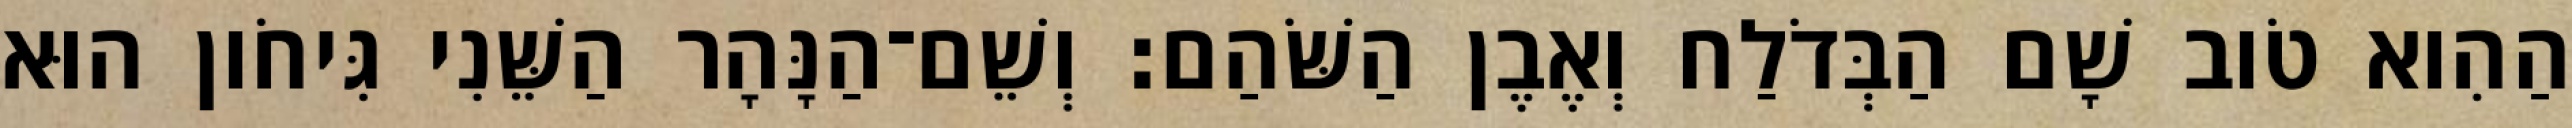
הַהִוא טֹוב שָׁם הַבְּדֹלַח וְאֶבֶן הַשֹּׁהַם׃ וְשֵׁם־הַנָּהָר הַשֵּׁנִי גִּיחֹון הוּא